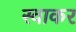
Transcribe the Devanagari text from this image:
स्वाकर